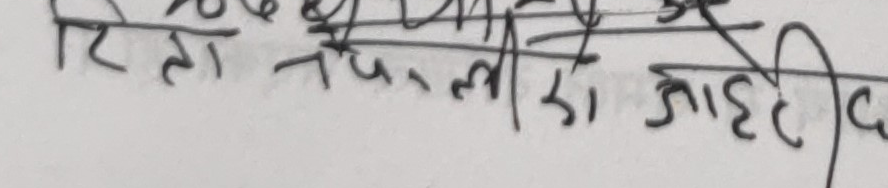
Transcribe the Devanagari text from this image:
रिता नापली हो जाहेटी द